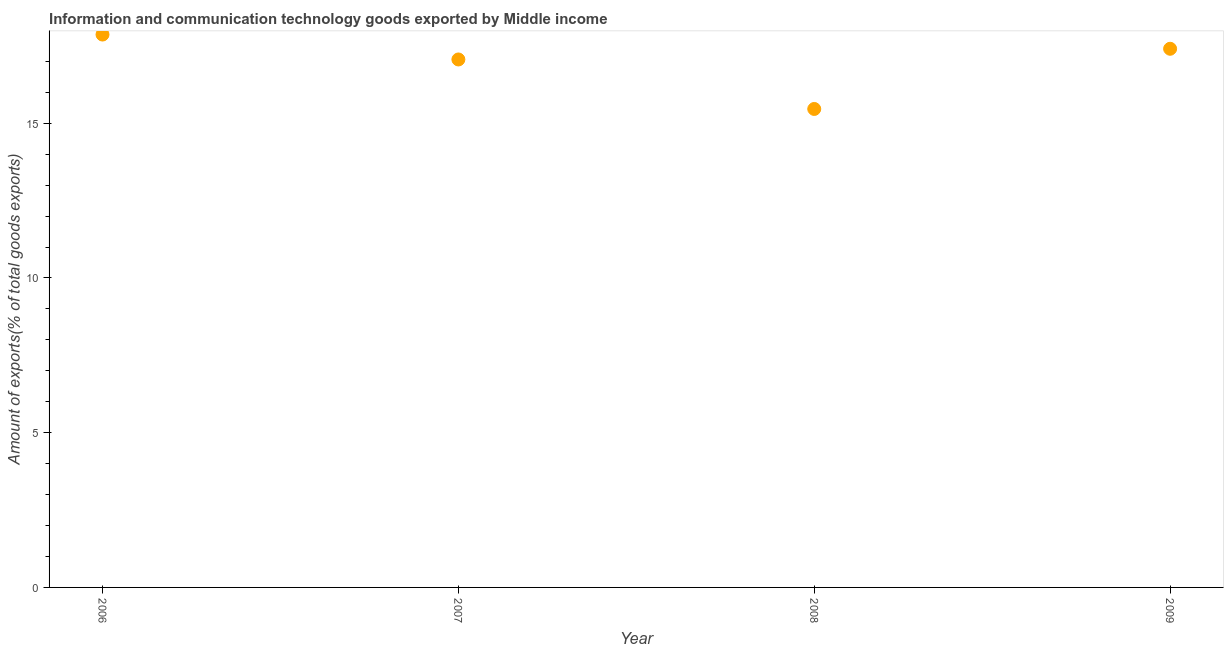
| Year | ICT goods exports |
 | --- | --- |
 | 2006 | 17.9 |
 | 2007 | 17.1 |
 | 2008 | 15.5 |
 | 2009 | 17.4 |